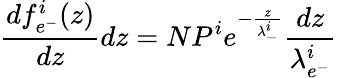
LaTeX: \frac{df_{e^{-}}^{i}(z)}{dz}dz=NP^{i}e^{-\frac{z}{\lambda_{-}^{i}}}\frac{dz}{\lambda_{e^{-}}^{i}}